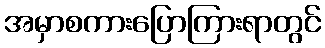
အမှာစကားပြောကြားရာတွင်